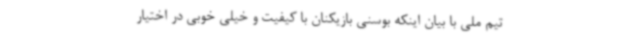
تیم ملی با بیان اینکه بوسنی بازیکنان با کیفیت و خیلی خوبی در اختیار